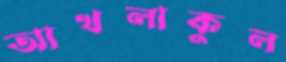
আখলাকুল